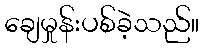
ချေမှုန်းပစ်ခဲ့သည်။